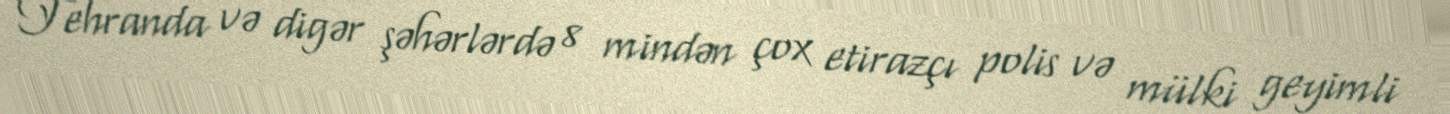
Tehranda və digər şəhərlərdə 8 mindən çox etirazçı polis və mülki geyimli